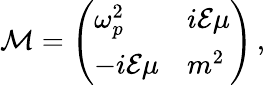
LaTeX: {\cal M}=\left(\begin{array}{ll}{{\omega_{p}^{2}}}&{{i{\cal E}\mu}}\\ {{-i{\cal E}\mu}}&{{m^{2}}}\end{array}\right)\, ,